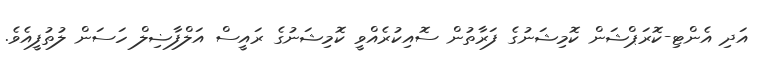
އަދި އެންޓި-ކޮރަޕްޝަން ކޮމިޝަނުގެ ފަރާތުން ސޮއިކުރެއްވީ ކޮމިޝަނުގެ ރައީސް އަލްފާޟިލް ހަސަން ލުތުފީއެވެ.